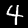
Digit: 4